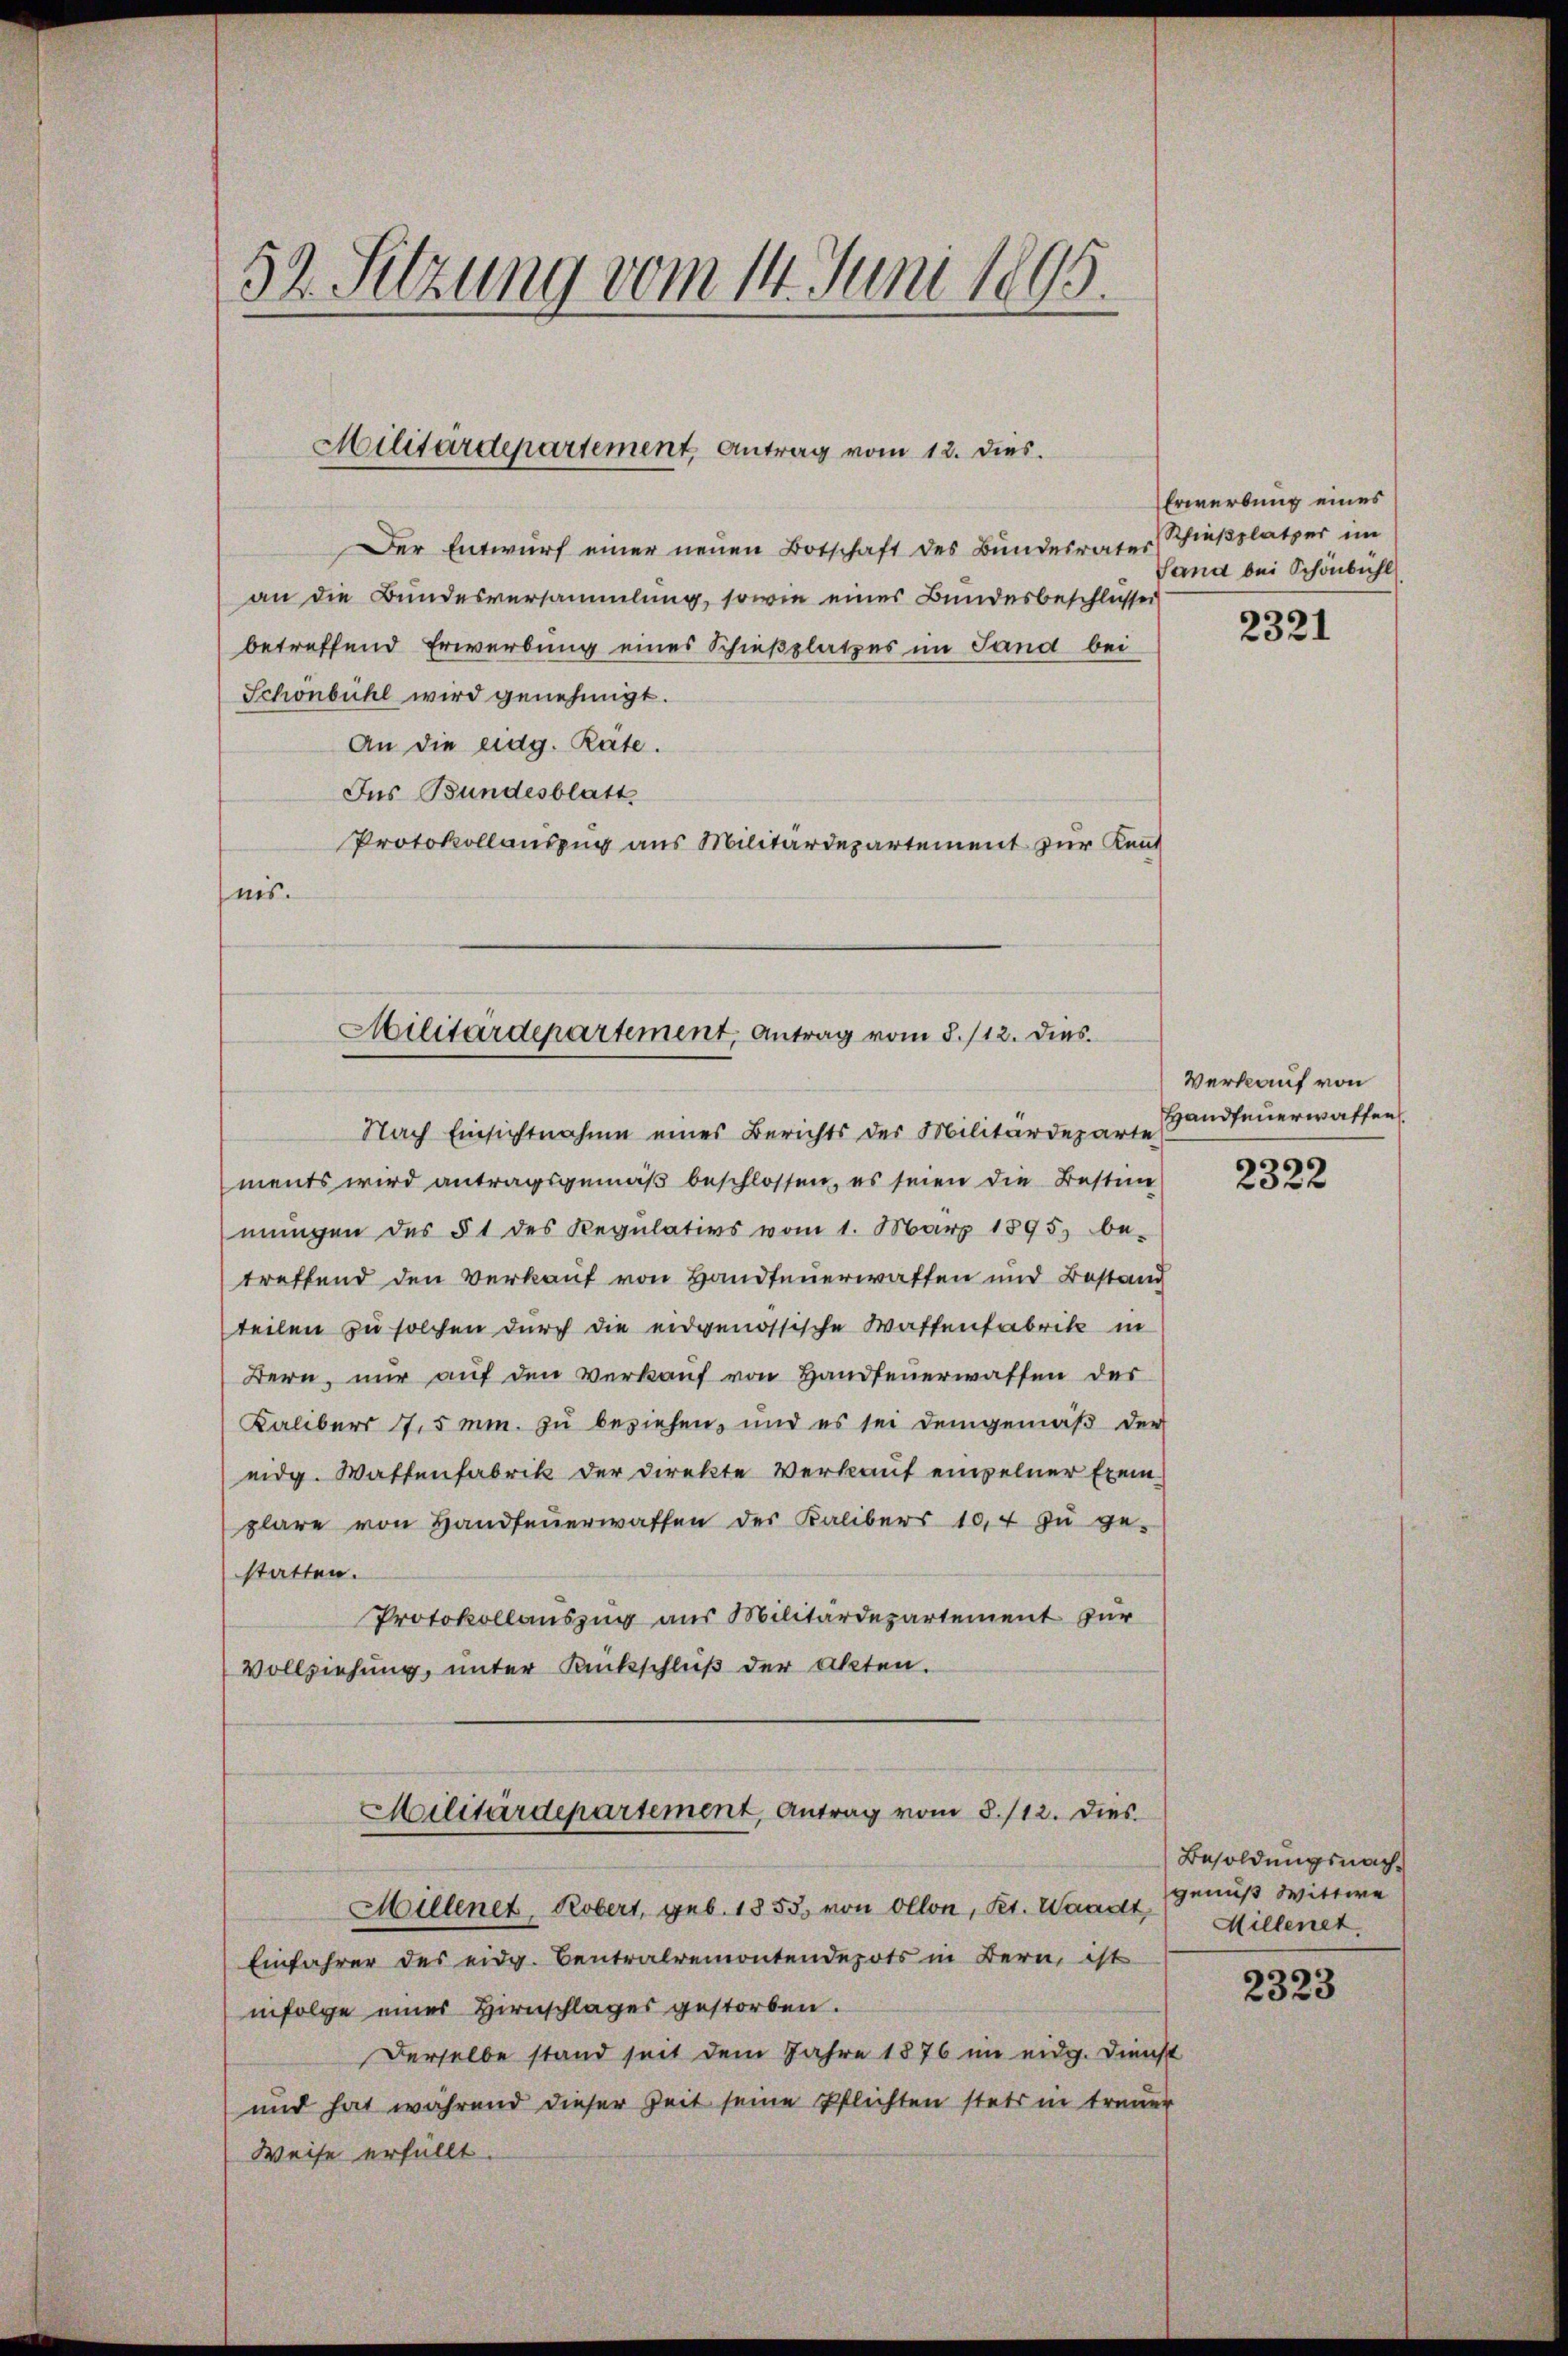
52. Sitzung vom 14. Juni 1895.

Militärdepartement Antrag vom 12. dies.

Der Entwurf einer neuen Botschaft des Bundesrates
an die Bundesversammlung, sowie eines Bundesbeschlüsse
betreffend Erwerbung eines Schießplatzes im Sand bei
Schönbühl wird genehmigt.
An die mag. Räte.
Ins Bundesblatt
Protokollauszug aus Militärdepartement zur Kennt
nis.

Militärdepartement, Antrag vom 8./12. dies

Erwerbung eines
Schießplatzer im
Sana bei Schönbühl

Nach Einsichtnahme eines Berichts der Militärdeparte
ments wird antragsgemäß beschlossen, es seien die Bestim
mungen des § 1 des Regulativs vom 1. März 1895 be-
treffend den Verkauf von Handteuerwalten und Bestand
teilen zu solchen durch die eidgenössische Waffenfabrik in
Bern nŭr aŭf den Verkaŭf von Handfeuerwaffen der
Kalibers 17,5 mm. zu beziehen, und es sei demgemäß der
eidg. Wattenfabrik der Direkte Verkauf einzelner Exemplare von Handfeŭerwalten der Kalibers 10,4 zu ge-
statten.
Protokollauszug aus Militärdepartement zur
Vollziehung, unter Rankschluß der Akten.
Militärdepartement, Antrag vom 8./12. dies
Millenet, Robert, geb. 1855 von Ollon, Kt. Waadt,
Einfahrer des eidg. Centralremontendepots in Bern, ist
infolge einer Hirnschlages gestorben.
Derselbe stand seit dem Jahre 1876 im eidg. Dienst
und hat während dieser Zeit seine Pflichten stets in trauen
Weise erfüllt.

2321

Verkauf von
Handfeuerwaffen.

2322

Besoldungsnachgenuß Wittwe
Millenet,

2323